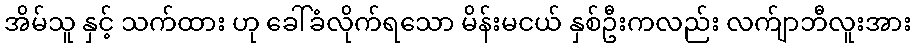
အိမ်သူ နှင့် သက်ထား ဟု ခေါ်ခံလိုက်ရသော မိန်းမငယ် နှစ်ဦးကလည်း လက်ျာဘီလူးအား